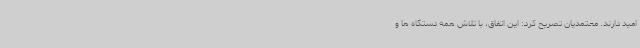
امید دارند. معتمدیان تصریح کرد: این اتفاق، با تلاش همه دستگاه ها و